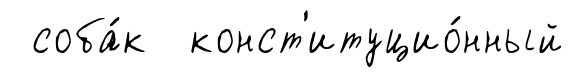
соба́к конст'итуцио́нный